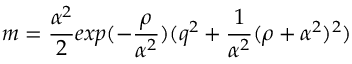
m = { \frac { \alpha ^ { 2 } } { 2 } } e x p ( - { \frac { \rho } { \alpha ^ { 2 } } } ) ( q ^ { 2 } + { \frac { 1 } { \alpha ^ { 2 } } } ( \rho + { \alpha ^ { 2 } } ) ^ { 2 } )